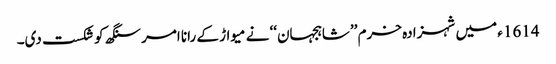
1614ء میں شہزادہ خرم ’’شاہجہان‘‘ نے میواڑ کے رانا امرسنگھ کو شکست دی۔